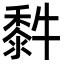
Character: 䵓